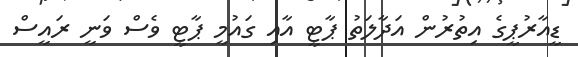
ޑީއާރުޕީގެ އިތުރުން އަދާލަތު ޕާޓީ އާއި ގައުމީ ޕާޓީ ވެސް ވަނީ ރައީސް